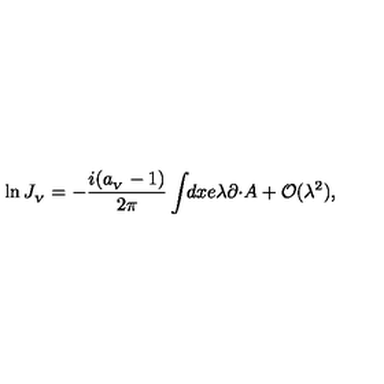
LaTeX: \ln J _ { _ V } = - \frac { i ( a _ { _ V } - 1 ) } { 2 \pi } \int \! \! d x e \lambda \partial \cdotp \! A + { \cal O } ( \lambda ^ { 2 } ) ,